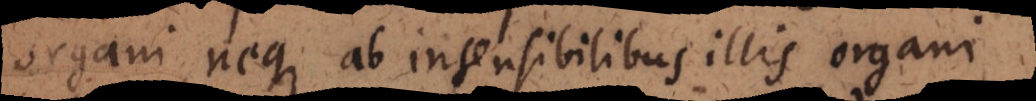
organi, neque ab insensibilibus illis organi